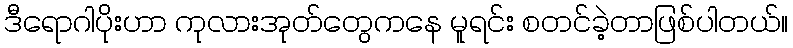
ဒီရောဂါပိုးဟာ ကုလားအုတ်တွေကနေ မူရင်း စတင်ခဲ့တာဖြစ်ပါတယ်။